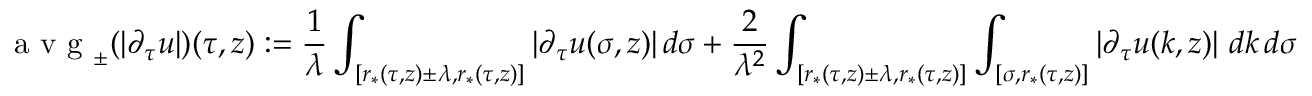
\textup { a v g } _ { \pm } ( | \partial _ { \tau } u | ) ( \tau , z ) : = \frac { 1 } { \lambda } \int _ { [ r _ { * } ( \tau , z ) \pm \lambda , r _ { * } ( \tau , z ) ] } | \partial _ { \tau } u ( \sigma , z ) | \, d \sigma + \frac { 2 } { \lambda ^ { 2 } } \int _ { [ r _ { * } ( \tau , z ) \pm \lambda , r _ { * } ( \tau , z ) ] } \int _ { [ \sigma , r _ { * } ( \tau , z ) ] } | \partial _ { \tau } u ( k , z ) | \ d k \, d \sigma